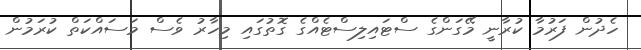
ހެދުން ފަރުމާ ކުރާނީ މޭގަންގެ ސްޓައިލިސްޓެއްގެ ގޮތުގައި މިހާރު ވެސް މަސައްކަތް ކުރަމުން